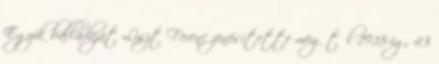
Egyik balladáját Liszt Ferenc zenésítette meg től 1918-ig, 43